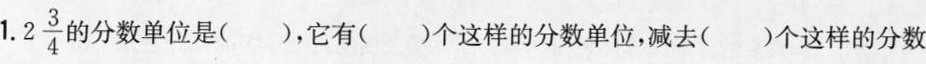
1. 2\frac{3}{4} 的分数单位是( )，它有( )个这样的分数单位，减去( )个这样的分数